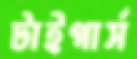
টাইগার্স